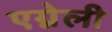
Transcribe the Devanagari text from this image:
एग्नेली